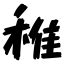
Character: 稚